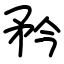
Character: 矜